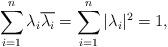
LaTeX: \begin{align*} \sum_{i=1}^n \lambda_i \overline{\lambda_i} = \sum_{i=1}^n |\lambda_i|^2 = 1, \end{align*}